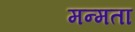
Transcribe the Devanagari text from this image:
मन्मता